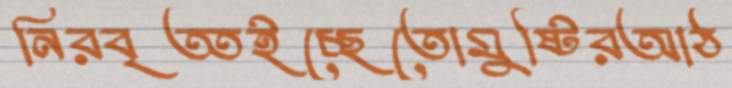
নিরবৃত্তইচ্ছেতোমুষ্টিরআঠ